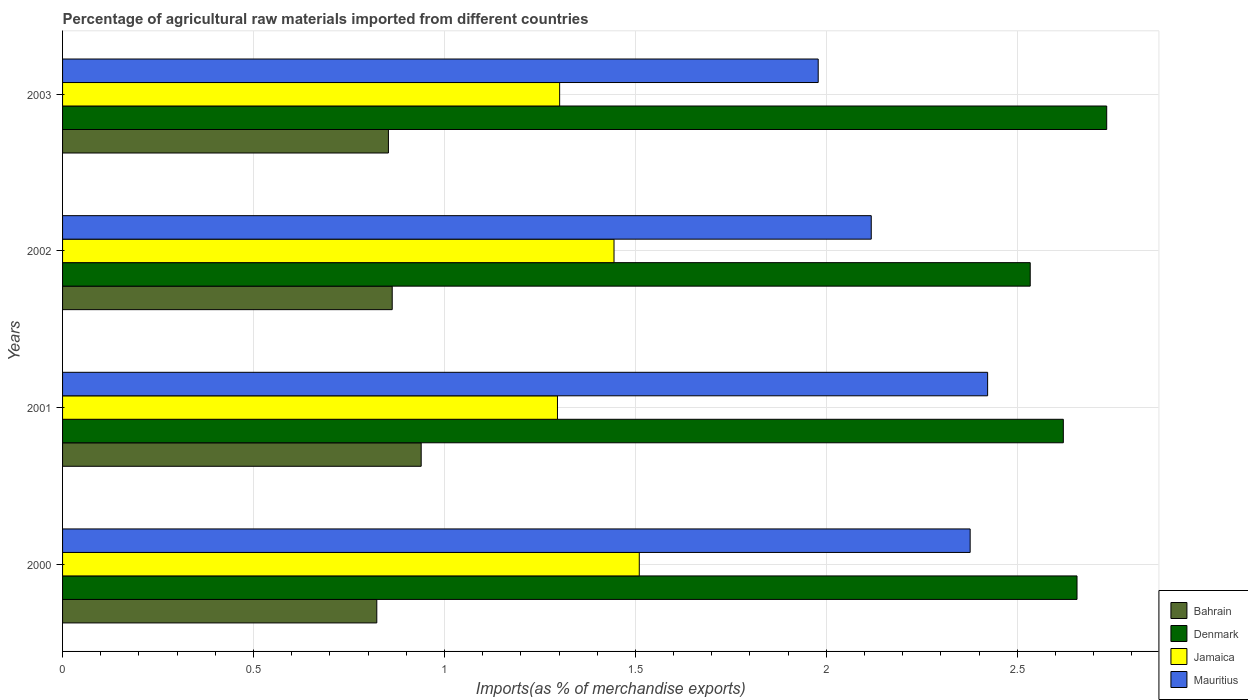
| Years | Bahrain | Denmark | Jamaica | Mauritius |
 | --- | --- | --- | --- | --- |
 | 2000 | 0.823 | 2.66 | 1.51 | 2.38 |
 | 2001 | 0.939 | 2.62 | 1.3 | 2.42 |
 | 2002 | 0.863 | 2.53 | 1.44 | 2.12 |
 | 2003 | 0.853 | 2.73 | 1.3 | 1.98 |